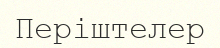
Періштелер